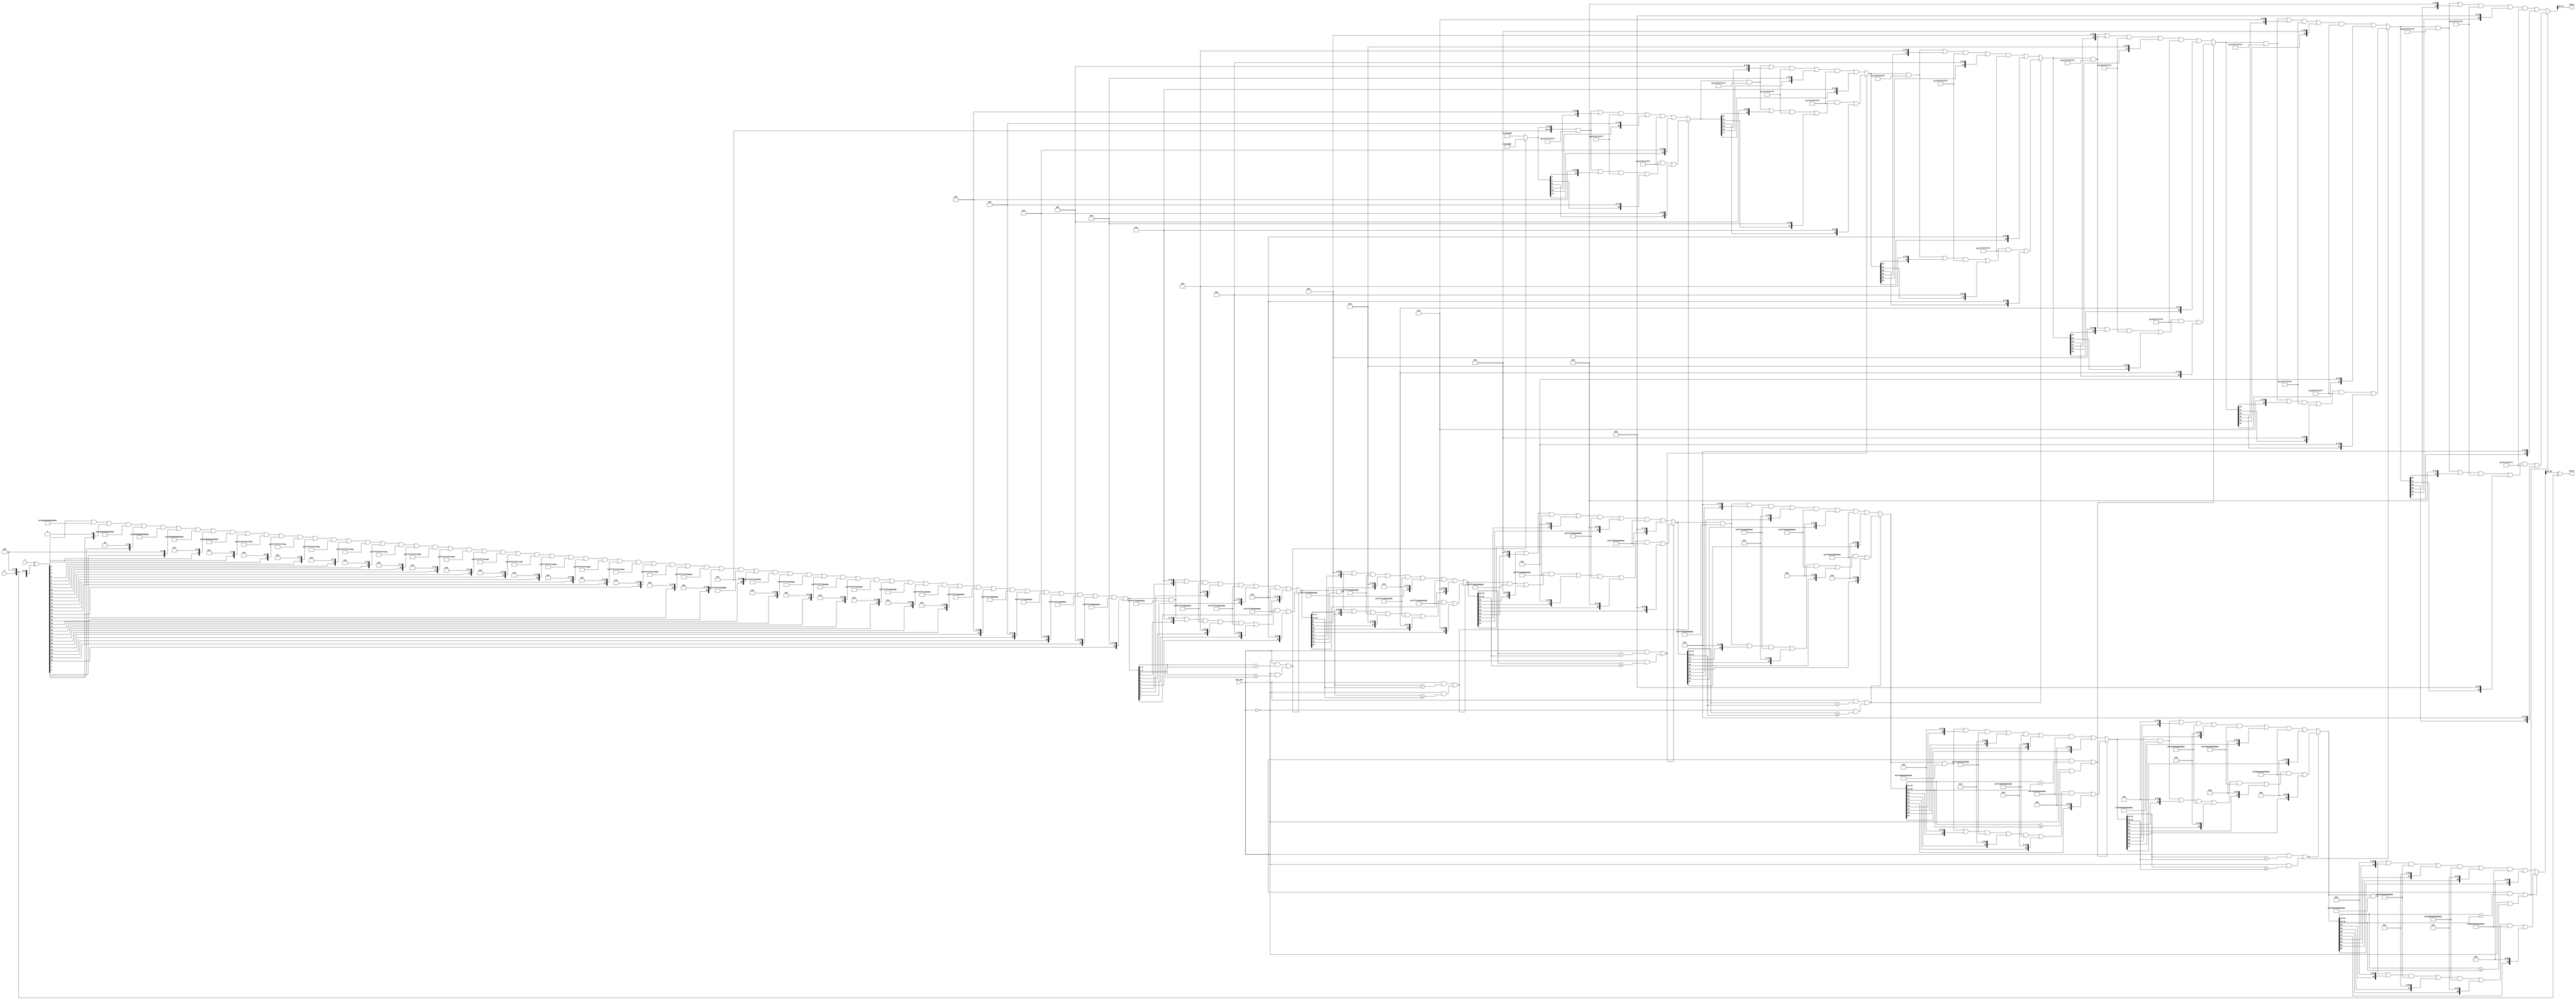

//
// ABSTRACT:  Determines the minimum or maximum value of multiple inputs
//   
//           Took Rick's minmax_1.vpp and resized value and index arrays
//
//           Rick Kelly : May 23, 2011
//           Leda updates : use integer loop variables and test integer
//           variables to set bits (instead of copying 'bits' from the
//           integers)
////////////////////////////////////////////////////////////////////////////////
//
// ABSTRACT: DWbb_minmax selects the minimum (or maximum as directed
//           by the 'min_max' input) value from a packed array of input
//           values given on the input port, 'a'.  It also reports the
//           index of the value selected (i.e. which element of the
//           input value array) on the output, 'index'.  The 'tc' input
//           is used to indicate whether the input values in the array,
//           'a', are unsigned (tc = 0) or signed (tc = 1).
//
//              Parameters:                          Valid Values
//              ==========                           ============
//              width                                [ >= 1 ]
//              num_inputs                           [ >= 2 ]
//		index_width	                     ceil(log2(num_inputs))
//              
//              Input Ports:  Size                   Description
//              ===========   ====                   ===========
//              a             num_inputs*width bits  Packed array of input values
//              tc            1 bit                  Signed/unsigned countrol
//              min_max       1 bit                  Min versus max control
//						     [ 0 => find min
//						       1 => find max ]
//
//              Output Ports  Size                   Description
//              ============  ====                   ===========
//		value         width bits             Selected min/max value
//		index         index_width bits       Index (in input array) of
//						       value selected
//
////////////////////////////////////////////////////////////////////////////////

  module DW_minmax (
      // Inputs
	a,
	tc,
	min_max,
      // Outputs
	value,
	index
);

parameter width = 		4;	// element width
parameter num_inputs = 		8;	// number of elements in input array

localparam index_width = 	((num_inputs>65536)?((num_inputs>1048576)?((num_inputs>4194304)?((num_inputs>8388608)?24:23):((num_inputs>2097152)?22:21)):((num_inputs>262144)?((num_inputs>524288)?20:19):((num_inputs>131072)?18:17))):((num_inputs>256)?((num_inputs>4096)?((num_inputs>16384)?((num_inputs>32768)?16:15):((num_inputs>8192)?14:13)):((num_inputs>1024)?((num_inputs>2048)?12:11):((num_inputs>512)?10:9))):((num_inputs>16)?((num_inputs>64)?((num_inputs>128)?8:7):((num_inputs>32)?6:5)):((num_inputs>4)?((num_inputs>8)?4:3):((num_inputs>2)?2:1)))));
localparam [index_width : 0] num_inputs_log2 = 1 << (((num_inputs>65536)?((num_inputs>1048576)?((num_inputs>4194304)?((num_inputs>8388608)?24:23):((num_inputs>2097152)?22:21)):((num_inputs>262144)?((num_inputs>524288)?20:19):((num_inputs>131072)?18:17))):((num_inputs>256)?((num_inputs>4096)?((num_inputs>16384)?((num_inputs>32768)?16:15):((num_inputs>8192)?14:13)):((num_inputs>1024)?((num_inputs>2048)?12:11):((num_inputs>512)?10:9))):((num_inputs>16)?((num_inputs>64)?((num_inputs>128)?8:7):((num_inputs>32)?6:5)):((num_inputs>4)?((num_inputs>8)?4:3):((num_inputs>2)?2:1))))));

input  [num_inputs*width-1 : 0]		a;	// Concatenated input vector
input					tc;	// 0 = unsigned, 1 = signed
input					min_max;// 0 = find min, 1 = find max
output [width-1:0]			value;	// mon or max value found
output [index_width-1:0]		index;	// index to value found



wire   [num_inputs*width-1 : 0]		a_uns, a_trans;
reg    [width-1:0]			val_int;
wire   [width-1:0]			val_trans;
reg    [index_width-1:0]		indx_int;


generate
  if (width == 1) begin : GEN_W_EQ1
    assign a_uns = a ^ {num_inputs{tc}};
    assign value = val_trans ^ tc;
  end else begin : GEN_W_GT1
    assign a_uns = a ^ { num_inputs { tc, { width-1 {1'b0}}}};
    assign value = val_trans ^ { tc, { width-1 {1'b0}}};
  end
endgenerate

  assign a_trans = a_uns;

  always @ (a_trans or min_max) begin : PROC_find_minmax
      reg    [width-1:0]	val_1, val_2;
      reg    [index_width-1 : 0]	indx_1, indx_2;
      reg    [( (2 << index_width)-1)*width-1 : 0]	 val_array;
      reg    [( (2 << index_width)-1)*index_width-1:0] indx_array;
      integer		i, j, k, l, m, n;

    i = 0;
    j = 0;
    val_array = {width << (index_width+1){1'b0}};
    indx_array = {index_width << (index_width+1){1'b0}};
    for (n=0 ; n<num_inputs ; n=n+1) begin
      for (m=0 ; m<width ; m=m+1) 
        val_array[i+m] = a_trans[i+m];

      for (m=0;m<index_width;m=m+1) indx_array[ m + j ] = (((n>>m)&1)!=0)?1'b1:1'b0;

      i = i + width;
      j = j + index_width;
    end

    for (n=num_inputs ; n<(1 << index_width) ; n=n+1) begin
      for (m=0 ; m<width ; m=m+1) 
        val_array[i+m] = val_array[(num_inputs-1)*width+m];

      for (m=0 ; m < index_width ; m=m+1)
        indx_array[j+m] = indx_array[(num_inputs-1)*index_width+m];

      i = i + width;
      j = j + index_width;      
    end

    k = 0;
    l = 0;
    for (n=0 ; n < (1 << (index_width-1))*2-1 ; n=n+1) begin
      
      for (m=0 ; m<width ; m=m+1) begin
	  val_1[m] = val_array[k+m];
      end
      
      for (m=0 ; m<index_width ; m=m+1) begin
	  indx_1[m] = indx_array[l+m];
      end

      k = k + width;
      l = l + index_width;
      
      for (m=0 ; m<width ; m=m+1) begin
	  val_2[m] = val_array[k+m];
      end 

      for (m=0 ; m<index_width ; m=m+1) begin
	  indx_2[m] = indx_array[l+m];
      end

      k = k + width;
      l = l + index_width;

      if (((min_max==1'b1) && (val_1 > val_2)) || ((min_max==1'b0) && (val_1 <= val_2))) begin
        for (m=0 ; m<width ; m=m+1)
	  val_array[i+m] = val_1[m];
	
	for (m=0 ; m<index_width ; m=m+1)
	  indx_array[j+m] = indx_1[m];

      end else begin
        for (m=0 ; m<width ; m=m+1)
	  val_array[i+m] = val_2[m];
	
	for (m=0 ; m<index_width ; m=m+1)
	  indx_array[j+m] = indx_2[m];

      end

      i = i + width;
      j = j + index_width;
    end


    for (m=0 ; m < width ; m=m+1)
      val_int[m] = val_array[k+m];
    
    for (m=0 ; m < index_width ; m=m+1)
      indx_int[m] = indx_array[l+m];
    
  end

  assign val_trans = val_int;
  assign index = indx_int;



endmodule